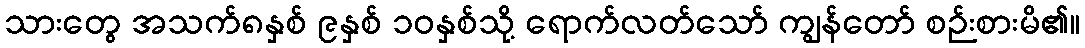
သားတွေ အသက်၈နှစ် ၉နှစ် ၁၀နှစ်သို့ ရောက်လတ်သော် ကျွန်တော် စဉ်းစားမိ၏။